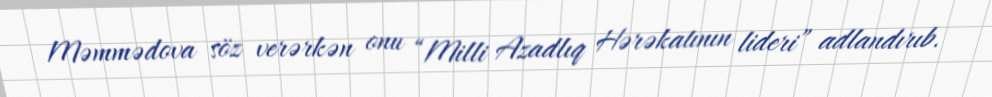
Məmmədova söz verərkən onu “Milli Azadlıq Hərəkatının lideri” adlandırıb.